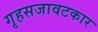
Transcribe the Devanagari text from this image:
गृहसजावटकार